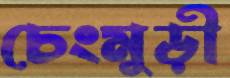
চেংমুড়ী